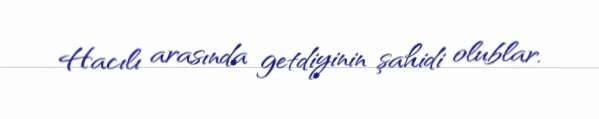
Hacılı arasında getdiyinin şahidi olublar.